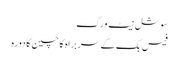
سوشل نیٹ ورک
فیس بک کے سربراہ کا چین کا دورہ